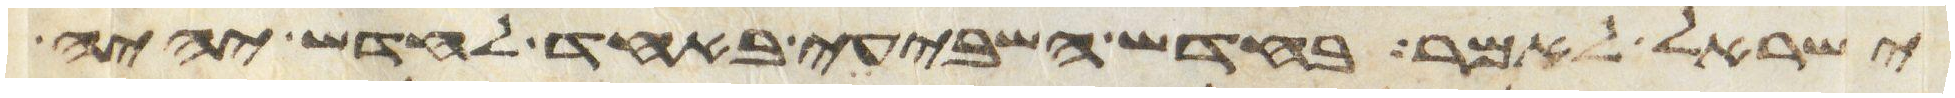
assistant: ישראל לאמר בחדש השביעי באחד לחדש יהיה